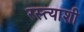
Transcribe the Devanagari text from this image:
रस्त्याशी